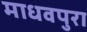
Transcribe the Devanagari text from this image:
माधवपुरा